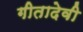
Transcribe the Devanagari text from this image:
गीतादेवी